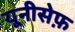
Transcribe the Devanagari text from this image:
यूनीसेफ़